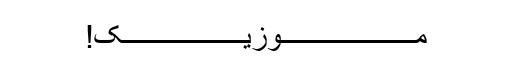
مـــــــــــــــــــوزیـــــــــــــــــک!